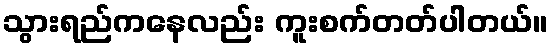
သွားရည်ကနေလည်း ကူးစက်တတ်ပါတယ်။